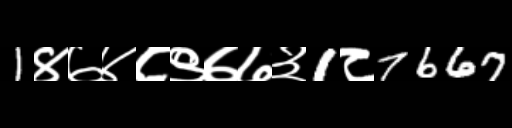
Text: 1४७४८९७७३1८7667